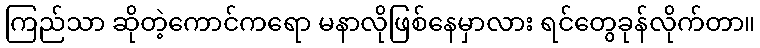
ကြည်သာ ဆိုတဲ့ကောင်ကရော မနာလိုဖြစ်နေမှာလား ရင်တွေခုန်လိုက်တာ။